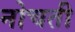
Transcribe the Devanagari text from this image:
नोचती